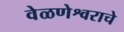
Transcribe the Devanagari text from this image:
वेळणेश्वराचे